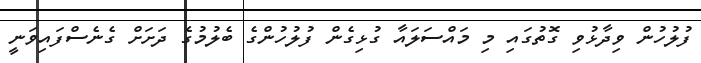
ފުލުހުން ވިދާޅުވި ގޮތުގައި މި މައްސަލައާ ގުޅިގެން ފުލުހުންގެ ބެލުމުގެ ދަށަށް ގެނެސްފައިވަނީ